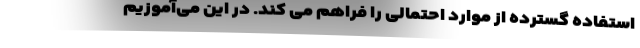
استفاده گسترده از موارد احتمالی را فراهم می کند. در این می‌آموزیم